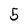
Character: 5